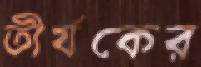
তীর্যকের